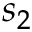
s _ { 2 }